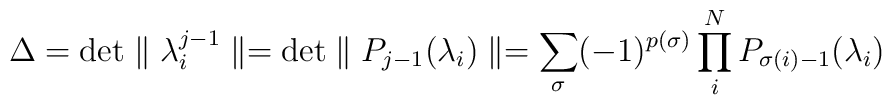
\Delta={\rm det} \parallel \lambda_i^{j-1} \parallel={\rm det} \parallel P_{j-1}(\lambda_i) \parallel=\sum_{\sigma}(-1)^{p(\sigma)}\prod_i^NP_{\sigma(i)-1}(\lambda_i)